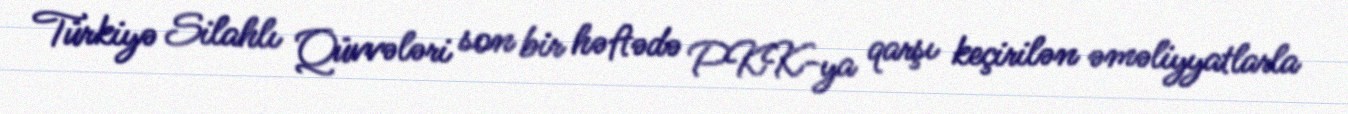
Türkiyə Silahlı Qüvvələri son bir həftədə PKK-ya qarşı keçirilən əməliyyatlarla